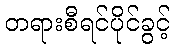
တရားစီရင်ပိုင်ခွင့်